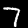
Label: 7